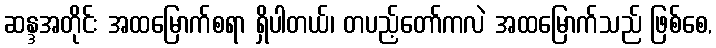
ဆန္ဒအတိုင်း အထမြောက်စရာ ရှိပါတယ်၊ တပည့်တော်ကလဲ အထမြောက်သည် ဖြစ်စေ,